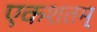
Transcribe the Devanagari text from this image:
एकशतम्